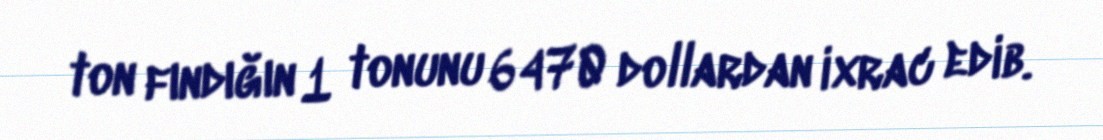
ton fındığın 1 tonunu 6470 dollardan ixrac edib.